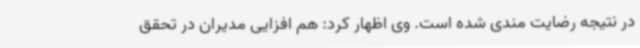
در نتیجه رضایت مندی شده است. وی اظهار کرد: هم افزایی مدیران در تحقق